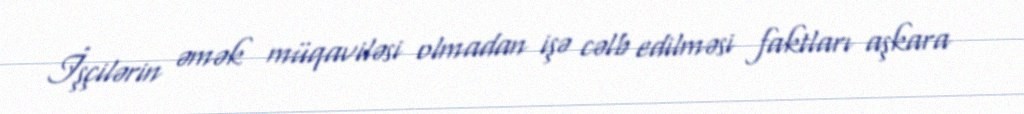
İşçilərin əmək müqaviləsi olmadan işə cəlb edilməsi faktları aşkara